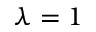
\lambda = 1